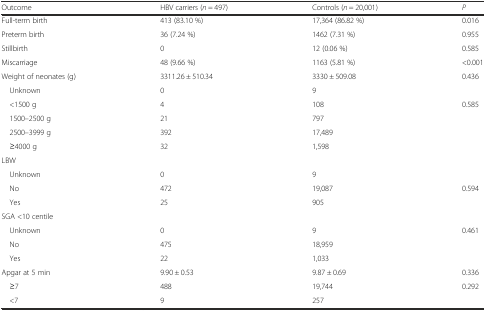
<table><thead><tr><td><b>Outcome</b></td><td><b>HBV carriers (<i>n</i> = 497)</b></td><td><b>Controls (<i>n</i> = 20,001)</b></td><td><b><i>P</i></b></td></tr></thead><tbody><tr><td>Full-term birth</td><td>413 (83.10 %)</td><td>17,364 (86.82 %)</td><td>0.016</td></tr><tr><td>Preterm birth</td><td>36 (7.24 %)</td><td>1462 (7.31 %)</td><td>0.955</td></tr><tr><td>Stillbirth</td><td>0</td><td>12 (0.06 %)</td><td>0.585</td></tr><tr><td>Miscarriage</td><td>48 (9.66 %)</td><td>1163 (5.81 %)</td><td>&lt;0.001</td></tr><tr><td>Weight of neonates (g)</td><td>3311.26 ± 510.34</td><td>3330 ± 509.08</td><td>0.436</td></tr><tr><td> Unknown</td><td>0</td><td>9</td><td></td></tr><tr><td> &lt;1500 g</td><td>4</td><td>108</td><td>0.585</td></tr><tr><td> 1500–2500 g</td><td>21</td><td>797</td><td></td></tr><tr><td> 2500–3999 g</td><td>392</td><td>17,489</td><td></td></tr><tr><td> ≥4000 g</td><td>32</td><td>1,598</td><td></td></tr><tr><td colspan="4">LBW</td></tr><tr><td> Unknown</td><td>0</td><td>9</td><td></td></tr><tr><td> No</td><td>472</td><td>19,087</td><td>0.594</td></tr><tr><td> Yes</td><td>25</td><td>905</td><td></td></tr><tr><td colspan="4">SGA &lt;10 centile</td></tr><tr><td> Unknown</td><td>0</td><td>9</td><td>0.461</td></tr><tr><td> No</td><td>475</td><td>18,959</td><td></td></tr><tr><td> Yes</td><td>22</td><td>1,033</td><td></td></tr><tr><td>Apgar at 5 min</td><td>9.90 ± 0.53</td><td>9.87 ± 0.69</td><td>0.336</td></tr><tr><td> ≥7</td><td>488</td><td>19,744</td><td>0.292</td></tr><tr><td> &lt;7</td><td>9</td><td>257</td><td></td></tr></tbody></table>